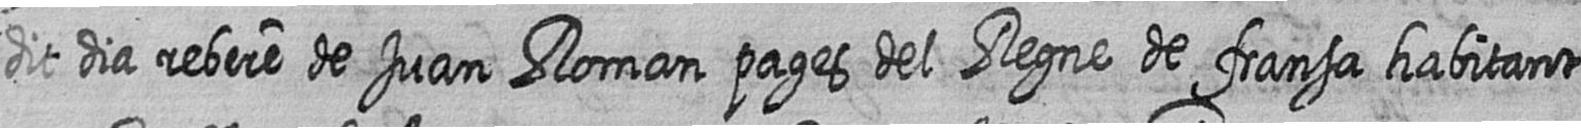
dit dia rebere de Juan Roman pages del Regne de fransa habitant